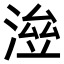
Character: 𣸓